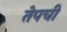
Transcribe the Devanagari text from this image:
तेपची